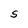
Character: S